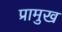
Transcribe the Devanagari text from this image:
प्रामुख